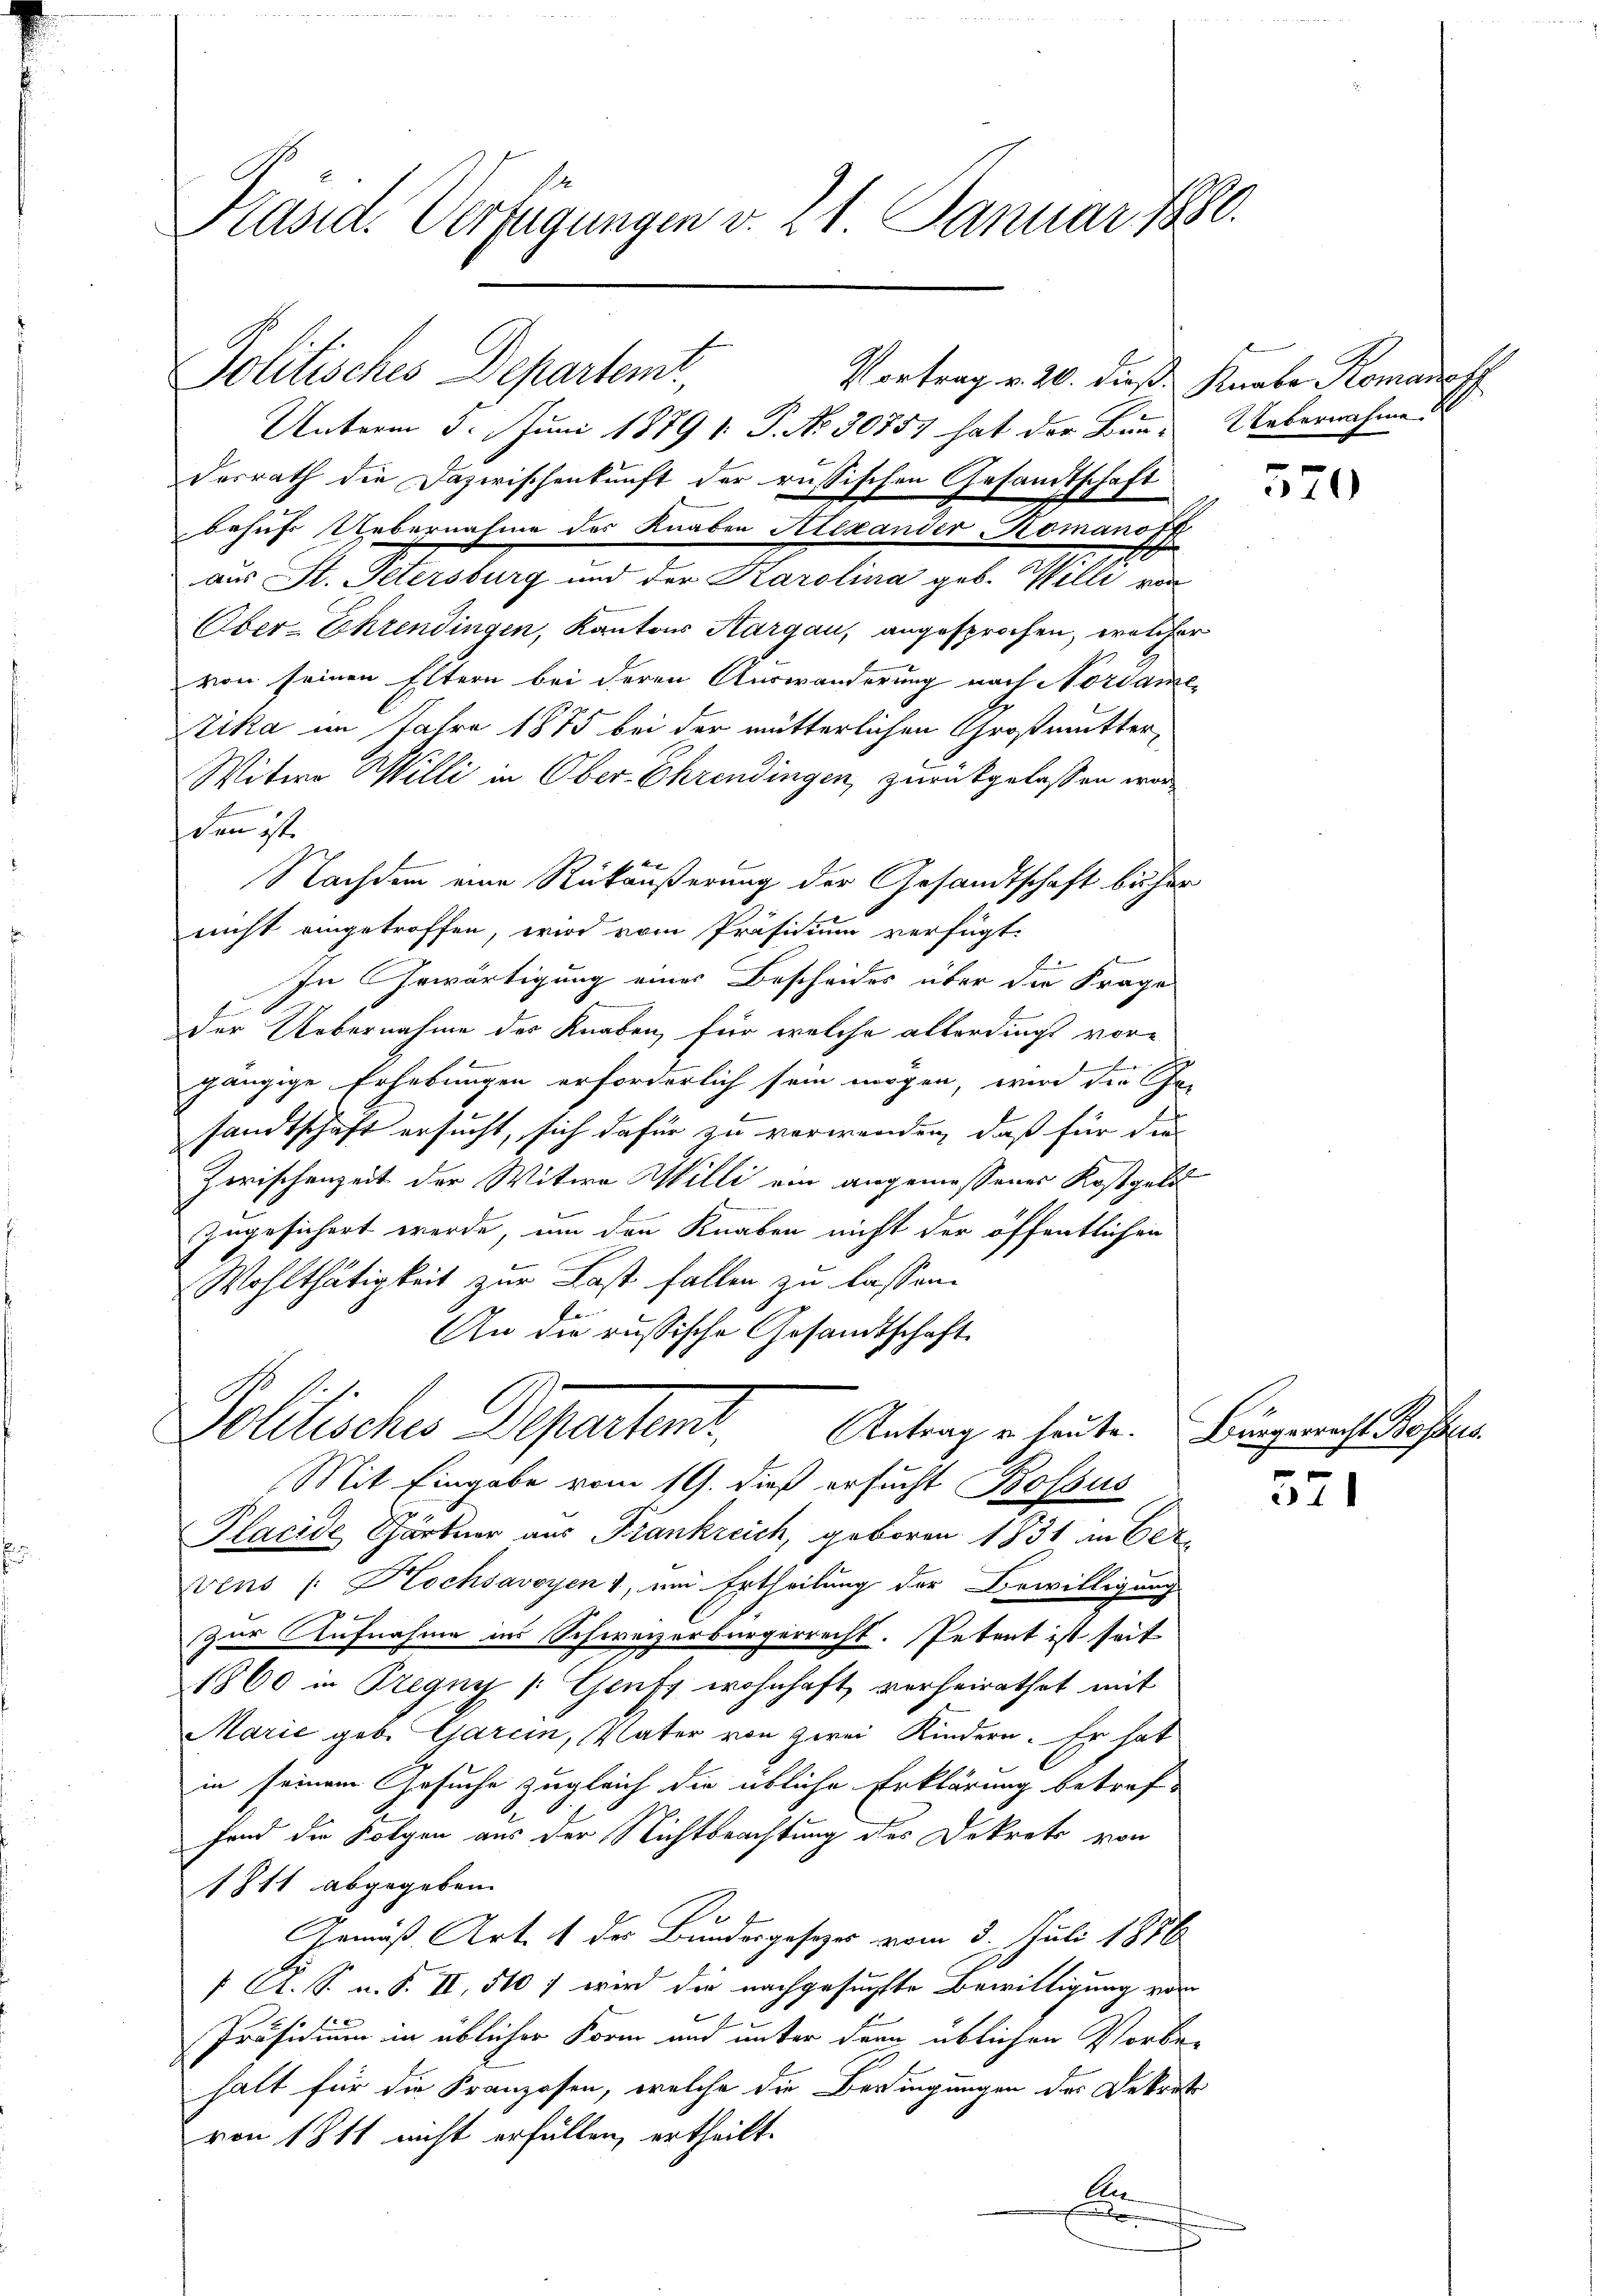
Präsid. Verfügungen v. 21 Januar 1880.

Unterm 5. Juni 1879 1. P. No 30757 hat der Bund Uebernahme
Desrath die Dazwischenkunft der russischen Gesandtschaft
behufs Uebernahme des Knaben Alexander-Romanoff

aus St. Petersburg und der Karolina geb. Wille von
Ober-Ehrendingen, Kantons Aargau, angesprochen, welcher
von seinen Eltern bei deren Auswanderung nach Nordame,
Kika im Jahre 1875 bei der mütterlichen Großmutter,
Witwe Willi in Ober-Ehrendingen, zurückgelassen worden 17.
Nachdem eine Rückäußerung der Gesandtschaft bisher
nicht eingetroffen, wird vom Präsidium verfügt:
1
In Gewärtigung eines Bescheides über die Frage
der Uebernahme des Knaben, für welche allerdings vore
b
e
gängige Erhebungen erforderlich sein mögen, wird die Fr
sandtschaft ersucht, sich dafür zu verwenden, daß für die
Zwischenzeit der Witwe Willi ein angemessener Kostgali
zugesichert werde, um den Knaben nicht der öffentlichen
Wohlthätigkeit zur Last fallen zu lassen.
An die russische Gesandtschaft
Solitische Departens
Antrag u. heute. Bürgerrecht Bosses
Mit Eingabe vom 19. dieß ersucht Bossus
Placide Gärtner aus Frankreich, geboren 1831 an Vervens (: Hochsavoyen , um Ertheilung der Bewilligung
trigen
Zur Aufnahme ins Schweizerbürgerrecht. Petent ist seit
1860 in Pregny /:Geufz wohnhaft verheirathet mit
Marie geb. Garein, Vater von zwei Kindern. Er hat
in seinem Gesuche zugleich die übliche Erklärung betreffend die Folgen aus der Nichtbeachtung des Dekrets von
1811 abgegeben.
¬
Gemäß Art. 1 der Bundesgesezes vom 3. Juli 1886
 A. S. u. S. II, 510 f wird die nachgesuchte Bewilligung vom
Präsidium in üblicher Form und unter der üblichen Vorbe-
halt für die Franzosen, welche die Bedingungen des Dekrets
von 1811 nicht erfüllen, ertheilt.
An
f

Politisches Departemt,

Vortrag v. 20. dieß. Knabe Komaneff

¬

570

571